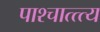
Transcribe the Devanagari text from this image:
पाश्चात्त्त्य